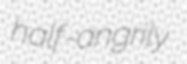
half-angrily